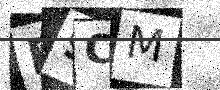
Text: B9CM